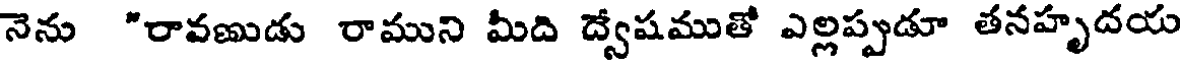
నెను "రావణుడు రాముని మీది ద్వేషముతో ఎల్లప్పుడూ తనహృదయ